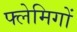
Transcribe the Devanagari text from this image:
फ्लेमिगों